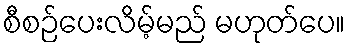
စီစဉ်ပေးလိမ့်မည် မဟုတ်ပေ။